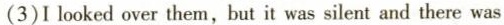
(3)I looked over them,but it was silent and there was